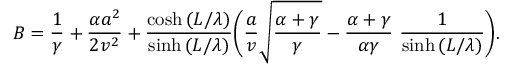
B = \frac { 1 } { \gamma } + \frac { \alpha a ^ { 2 } } { 2 v ^ { 2 } } + \frac { \cosh { ( L / \lambda ) } } { \sinh { ( L / \lambda ) } } \Bigg ( \frac { a } { v } \sqrt { \frac { \alpha + \gamma } { \gamma } } - \frac { \alpha + \gamma } { \alpha \gamma } \ \frac { 1 } { \sinh { ( L / \lambda ) } } \Bigg ) .